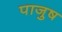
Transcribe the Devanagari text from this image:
पाजुष